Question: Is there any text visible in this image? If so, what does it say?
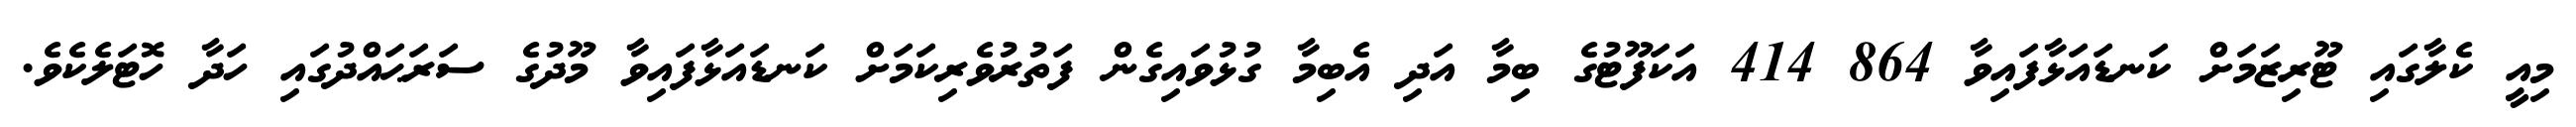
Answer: މިއީ ކެލާގައި ޓޫރިޒަމަށް ކަނޑައަޅާފައިވާ 864 414 އަކަފޫޓުގެ ބިމާ އަދި އެބިމާ ގުޅުވައިގެން ފަތުރުވެރިކަމަށް ކަނޑައަޅާފައިވާ މޫދުގެ ސަރަޙައްދުގައި ހަދާ ހޮޓަލެކެވެ.